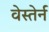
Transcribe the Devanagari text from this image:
वेस्तेर्न